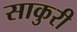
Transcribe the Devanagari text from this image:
साकुरी